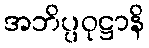
အဘိပ္ပဝုဋ္ဌာနိ